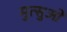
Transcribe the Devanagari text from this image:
मुत्सुओ